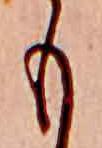
も